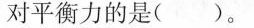
对平衡力的是()。